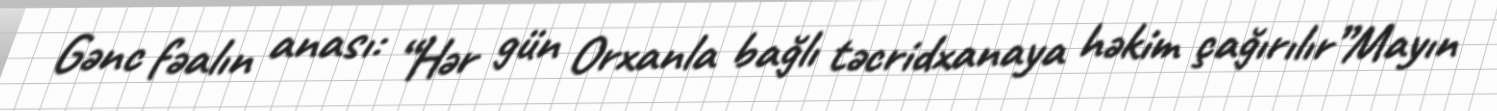
Gənc fəalın anası: “Hər gün Orxanla bağlı təcridxanaya həkim çağırılır”Mayın